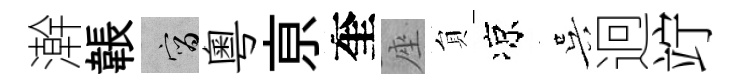
澣韔宵粵亰奎座貟凉吴迥竚